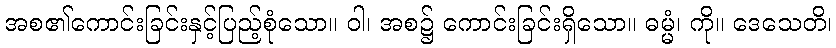
အစ၏ကောင်းခြင်းနှင့်ပြည့်စုံသော။ ဝါ၊ အစ၌ ကောင်းခြင်းရှိသော။ ဓမ္မံ၊ ကို။ ဒေသေတိ၊